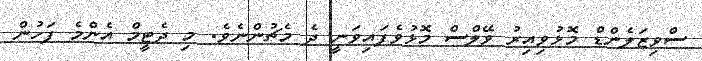
ސްވިޒަލެންޑް މޮޅުވިއިރު ވޭލްސް މޮޅުވެފައިވަނީ ދެ މެޗުންނެވެ. މި ދެޓީމް އެންމެ ފަހުން